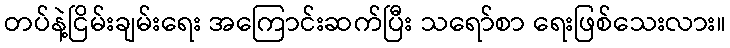
တပ်နဲ့ငြိမ်းချမ်းရေး အကြောင်းဆက်ပြီး သရော်စာ ရေးဖြစ်သေးလား။